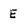
Character: E